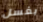
بغسل